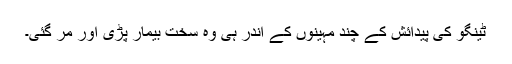
ٹینگو کی پیدائش کے چند مہینوں کے اندر ہی وہ سخت بیمار پڑی اور مر گئی۔